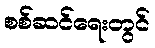
စစ်ဆင်ရေးတွင်